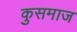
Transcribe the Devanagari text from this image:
कुसमाज